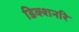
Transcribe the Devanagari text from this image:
डिक्शनरि